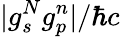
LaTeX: \lvert g_{s}^{N}g_{p}^{n}\rvert/\hbar c